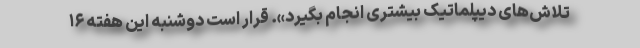
تلاش‌های دیپلماتیک بیشتری انجام بگیرد». قرار است دوشنبه این هفته ۱۶